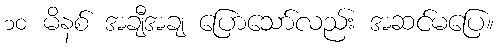
၁၀ မိနစ် အချီအချ ပြောသော်လည်း အဆင်မပြေ။